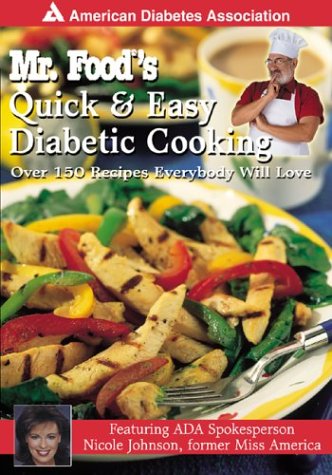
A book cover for Mr. Food's Quick & Easy Diabetic Cooking : Over 150 Recipes Everybody Will Love; Art Ginsburg; Health, Fitness & Dieting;